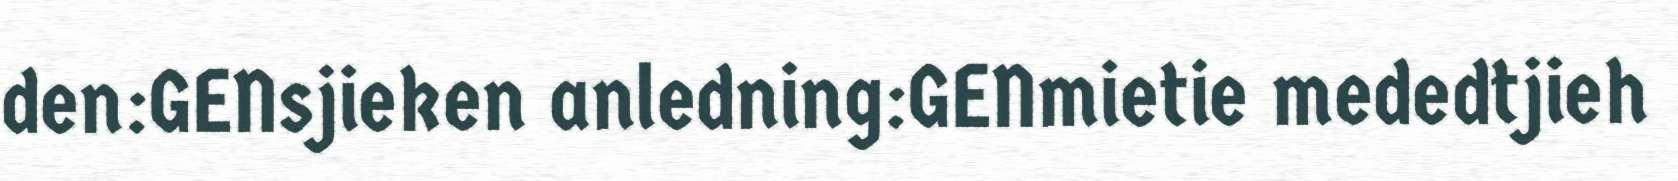
den:GENsjieken anledning:GENmietie mededtjieh